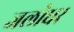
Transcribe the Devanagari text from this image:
जलोधर